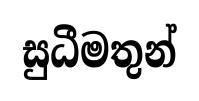
සුධීමතුන්